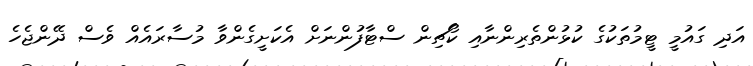
އަދި ގައުމީ ޓީމުތަކުގެ ކުޅުންތެރިންނާއި ކޯޗިން ސްޓާފުންނަށް އެކަށީގެންވާ މުސާރައެއް ވެސް ދޭންޖެހެ